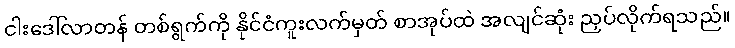
ငါးဒေါ်လာတန် တစ်ရွက်ကို နိုင်ငံကူးလက်မှတ် စာအုပ်ထဲ အလျင်ဆုံး ညှပ်လိုက်ရသည်။